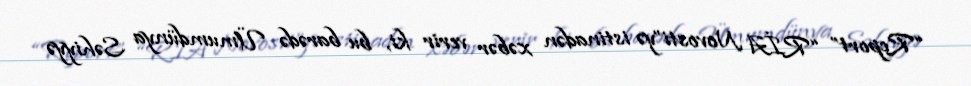
“Report” “RİA Novosti”yə istinadən xəbər verir ki, bu barədə Ümumdünya Səhiyyə